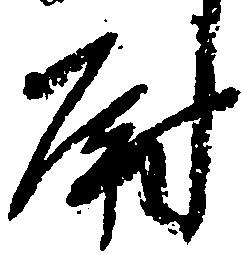
尉